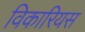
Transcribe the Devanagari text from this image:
विकारियस